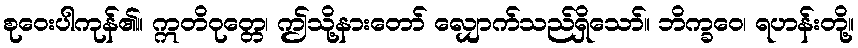
စုဝေးပါကုန်၏။ ဣတိဝုတ္တေ၊ ဤသို့နားတော် လျှောက်သည်ရှိသော်။ ဘိက္ခဝေ၊ ရဟန်းတို့။